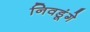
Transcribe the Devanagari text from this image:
निवडूंगे